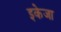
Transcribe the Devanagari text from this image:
इकेजा